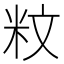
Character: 𥸹